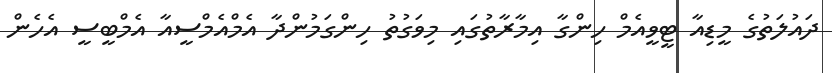
ދައުލަތުގެ މީޑިއާ ޓީވީއެމް ހިންގާ އިމާރާތުގައި މިވަގުތު ހިންގަމުންދާ އެމްއެމްސީއާ އެމްބީސީ އެހެން